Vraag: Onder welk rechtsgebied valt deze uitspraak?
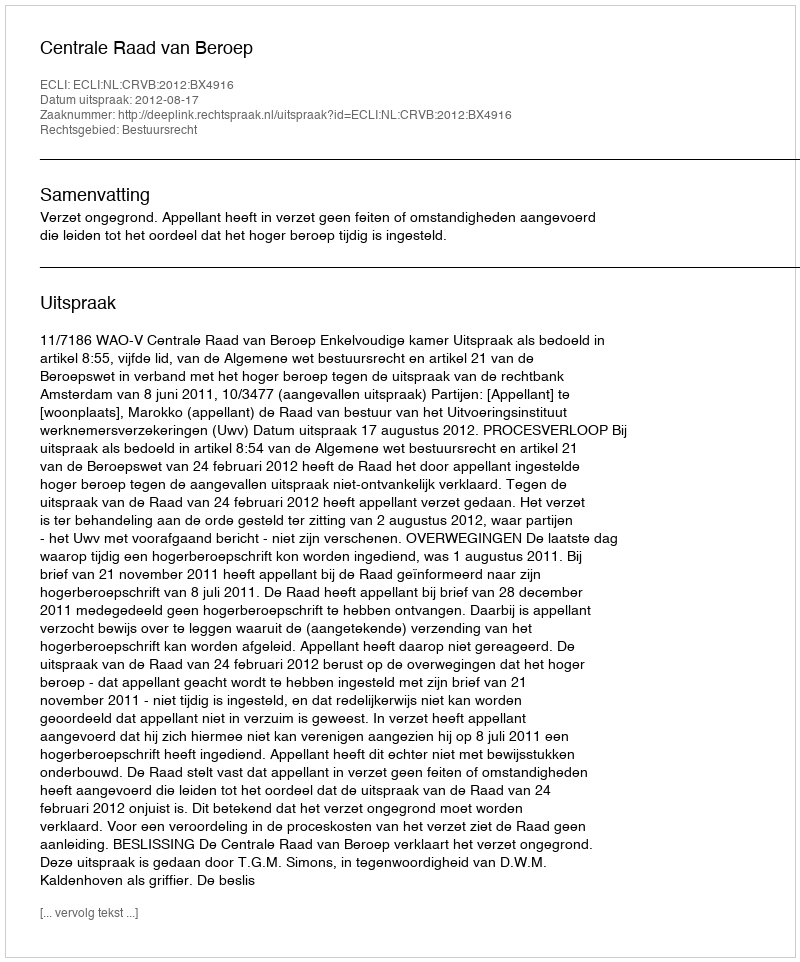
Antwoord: Bestuursrecht